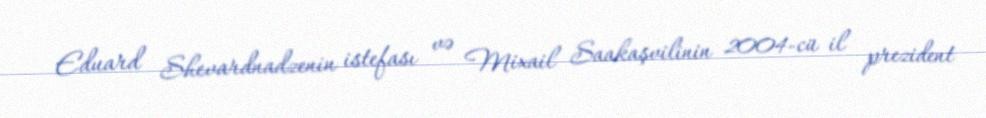
Eduard Shevardnadzenin istefası və Mixail Saakaşvilinin 2004-cü il prezident